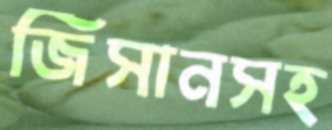
জিসানসহ